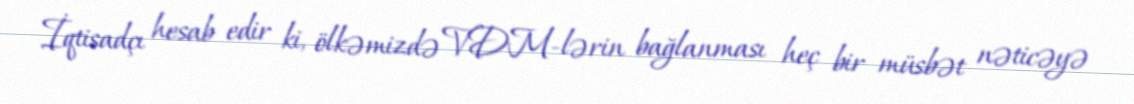
İqtisadçı hesab edir ki, ölkəmizdə VDM-lərin bağlanması heç bir müsbət nəticəyə